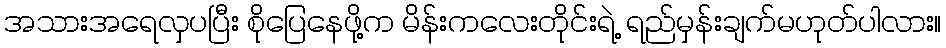
အသားအရေလှပပြီး စိုပြေနေဖို့က မိန်းကလေးတိုင်းရဲ့ ရည်မှန်းချက်မဟုတ်ပါလား။